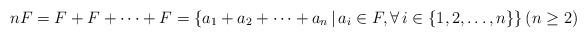
LaTeX: \begin{align*}nF= F+F+\cdots+F= \left\{ a_1+a_2+\cdots+a_n \, \vert \, a_i\in F, \forall \, i \in \left\{ 1,2,\ldots, n \right\}\right\} (n \geq 2)\end{align*}